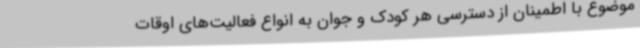
موضوع با اطمینان از دسترسی هر کودک و جوان به انواع فعالیت‌های اوقات